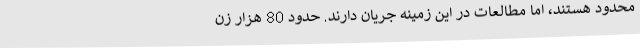
محدود هستند، اما مطالعات در این زمینه جریان دارند. حدود 80 هزار زن